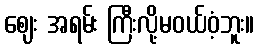
ဈေး အရမ်း ကြီးလို့မဝယ်ဝံ့ဘူး။